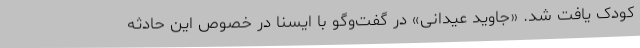
کودک یافت شد. «جاوید عیدانی» در گفت‌وگو با ایسنا در خصوص این حادثه